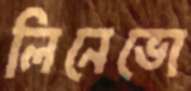
লিনেভো